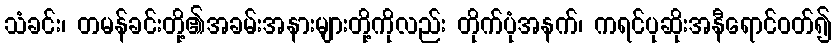
သံခင်း၊ တမန်ခင်းတို့၏အခမ်းအနားများတို့ကိုလည်း တိုက်ပုံအနက်၊ ကရင်ပုဆိုးအနီရောင်ဝတ်၍